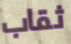
ثقاب